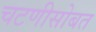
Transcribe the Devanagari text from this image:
चटणीसोबत